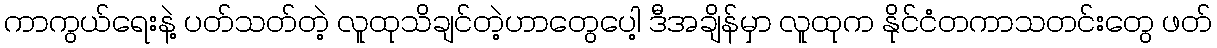
ကာကွယ်ရေးနဲ့ ပတ်သတ်တဲ့ လူထုသိချင်တဲ့ဟာတွေပေါ့ ဒီအချိန်မှာ လူထုက နိုင်ငံတကာသတင်းတွေ ဖတ်